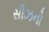
સીઝનો